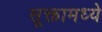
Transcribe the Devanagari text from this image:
सूक्तामध्ये